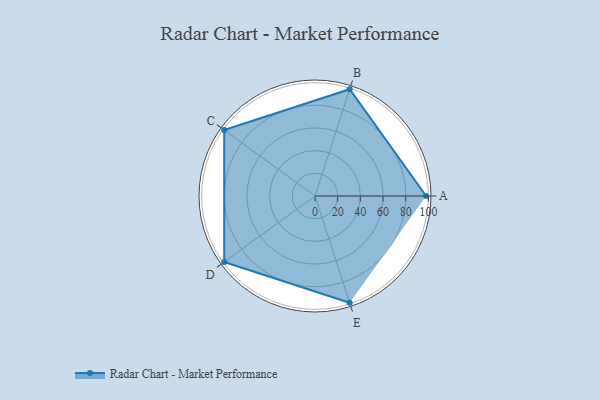
{"axis": {"x": "Skill", "y": "Score"}, "legend": ["Profile"], "data": [{"x": "A", "y": 98.0, "type": "Profile"}, {"x": "B", "y": 99, "type": "Profile"}, {"x": "C", "y": 99, "type": "Profile"}, {"x": "D", "y": 99, "type": "Profile"}, {"x": "E", "y": 99, "type": "Profile"}]}